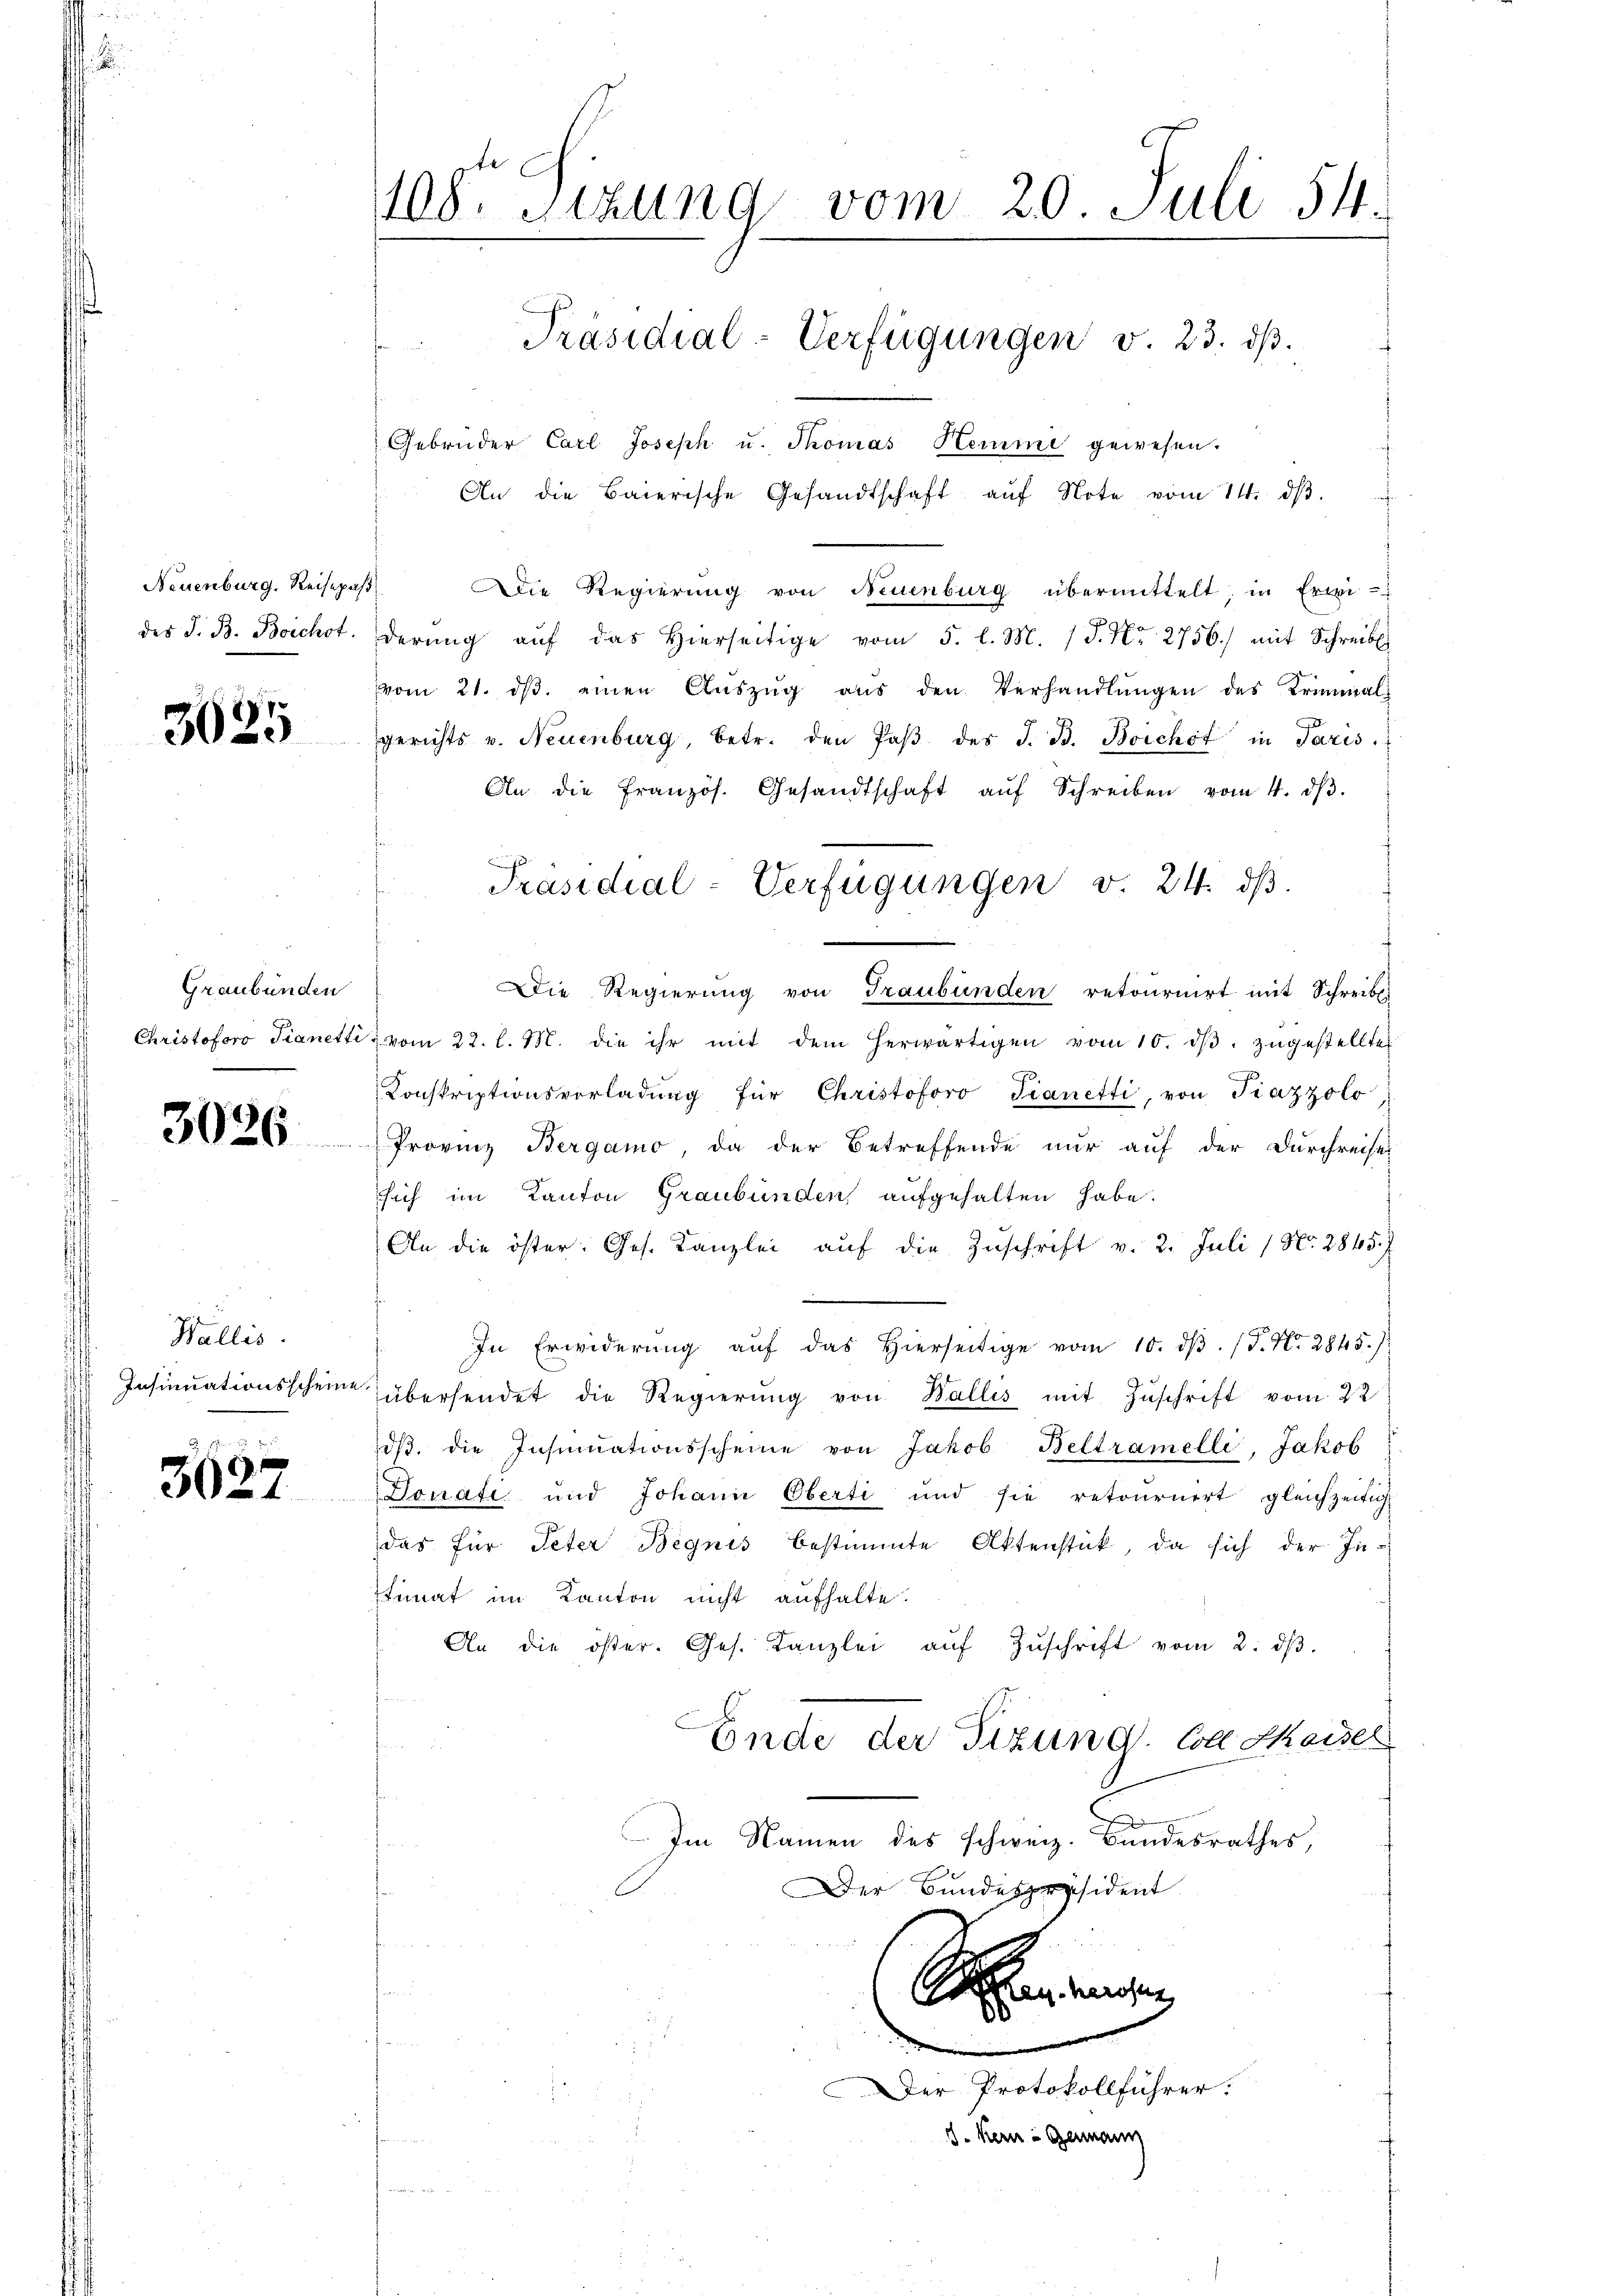
Neuenburg. Reisepaß
des S. B. Boichot

3625

Graubünden

3026

Wallis.
Insinuationsscheine

3627

Gebrüder Carl Joseph u. Thomas Herme gewesen.
An die Baierische Gesandtschaft aŭf Note vom 14. dβ.
Die Regierung von Neuenburg übermittelt, in Erwi-
derŭng aŭf das hierseitige vom 5. l. M. P. Nr. 2756.) mit Schreib
vom 21. dβ einen Aŭszŭg aŭs den Verhandlŭngen des Kriminal
gerichts v. Neuenburg, betr. den Paβ des J. B. Boichst in Paris.
An die französ. Gesandtschaft aŭf Schreiben vom 4. dβ.
Die Regierung von Graubünden retournirt mit Schreib
Christoforo Tianetti vom 22. l. M. die ihr mit dem herwärtigen vom 10. dβ zŭgestellte
.
Konskriptionsvorladŭng für Christoforo dianetti, von Fiazzolo
Provinz Bergamo, da der Betreffende nur auf der Durchreise
sich im Kanton Graubünden aufgehalten habe.
An die öster. Ges. Kanzlei aŭf die Zŭschrift v. 2. Juli (N. 2845.
In Erwiderŭng aŭf das hierseitige vom 10. dβ. (T. N. 2845.)
übersendet die Regierung von Wallis mit Zuschrift vom 22
dβ. die Insinuationsscheine von Jakob Beltramelli, Jakob
Donate und Johann Oberti und sie retournirt gleichzeitig
das für Peter Begnis bestimmte Aktenstück, da sich der Intimat im Kanton nicht aufhalte.
An die öster. Ges. Kanzlei aŭf Zŭschrift vom 2. dβ.
Ende der Tizung. Coll Kaisel
Im Namen des schweiz. Bundesrathes,
Der Bundespräsident
Schen einen
.
Der Protokollführer:
J. Kern Germann

108. Sitzung vom 20. Juli 54
Präsidial-Verfügungen v. 23. dβ.

Präsidial-Verfügungen v. 24. ds.